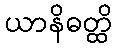
ယာနိဓတ္ထိ